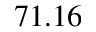
7 1 . 1 6